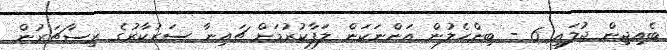
ބެއިޖިން ޖުލައި 6 - ބިންހެލުން އަންނަކަން ލަފާކުރުމަށް ޗައިނާ ސަރުކާރުގެ ރިސާޗަރުން